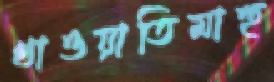
খাওয়াতিমাহু